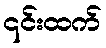
၎င်းထက်